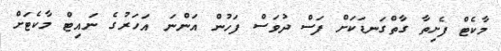
މާކެޓް ފެށިތާ ގާތްގަނޑަކަށް ފަސް ދުވަސް ފަހުން އަންނަ އަހަރުގެ ނައިޓް މާކެޓަށް